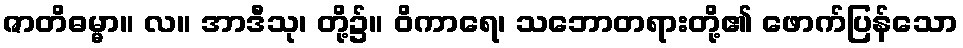
ဇာတိဓမ္မာ။ လ။ အာဒီသု၊ တို့၌။ ဝိကာရေ၊ သဘောတရားတို့၏ ဖောက်ပြန်သော